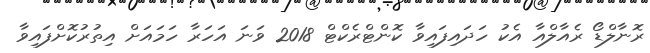
ރޮނާލްޑޯ ރެއާލްއާ އެކު ހަދައިފައިވާ ކޮންޓްރެކްޓް 2018 ވަނަ އަހަރާ ހަމައަށް އިތުރުކޮށްފައިވާ